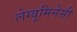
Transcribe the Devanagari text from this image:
लेग्यूमिनेसी